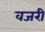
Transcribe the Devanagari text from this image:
वजरी